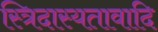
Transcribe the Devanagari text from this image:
स्त्रिदास्यतावादि